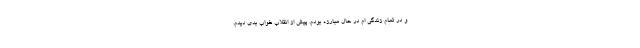
و در تمام زندگی ام در حال مبارزه بودم. پیش از انقلاب خواب بدی دیدم.